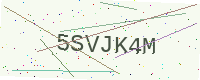
Text: 5SVJK4M